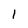
Character: l